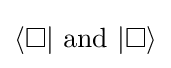
\langle \Box |{\text{ and }}|\Box \rangle